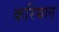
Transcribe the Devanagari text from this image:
करिच्चान्‌